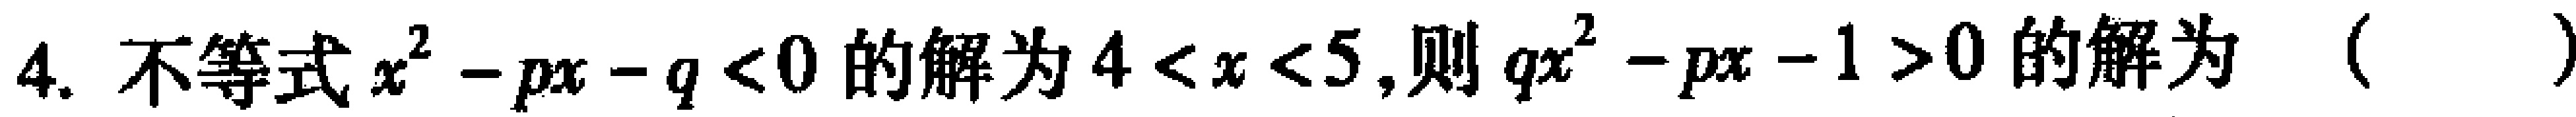
4. 不等式\(x^{2}-px - q<0\)的解为\(4<x<5\)，则\(qx^{2}-px - 1>0\)的解为（  ）